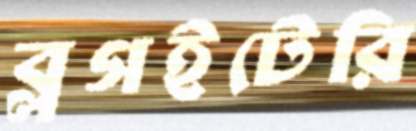
ব্লগইটেরি